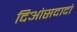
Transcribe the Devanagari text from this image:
दिओसदादो